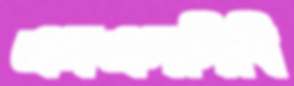
এনএসসিবি